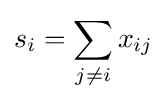
s_{i}=\sum _{j\neq i}x_{ij}